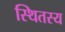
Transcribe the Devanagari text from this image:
स्थितस्य